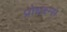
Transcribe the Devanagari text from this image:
प्रोधक्ष्न्स